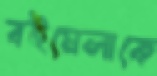
বইমেলাকে